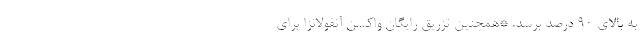
به بالای ۹۰ درصد برسد. *همچنین تزریق رایگان واکسن آنفولانزا برای